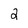
Character: 2